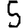
Digit: 5